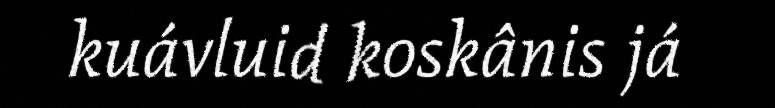
kuávluid koskânis já